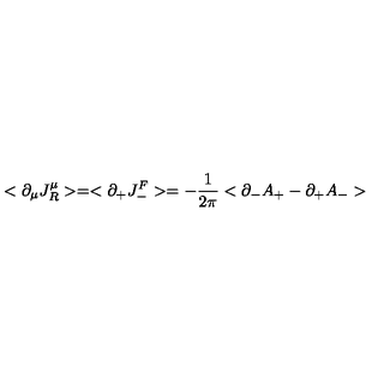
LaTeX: < \partial _ { \mu } J _ { R } ^ { \mu } > = < \partial _ { + } J _ { - } ^ { F } > = - { \frac { 1 } { 2 \pi } } < \partial _ { - } A _ { + } - \partial _ { + } A _ { - } >